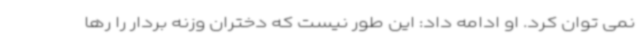
نمی توان کرد. او ادامه داد: این طور نیست که دختران وزنه بردار را رها